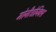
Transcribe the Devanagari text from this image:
मोनीट्रोनिक्स